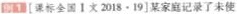
例1[课标全国Ⅰ文2018·19]某家庭记录了未使